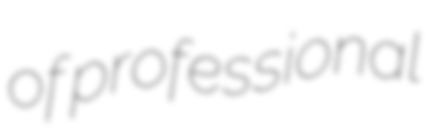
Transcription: of professional